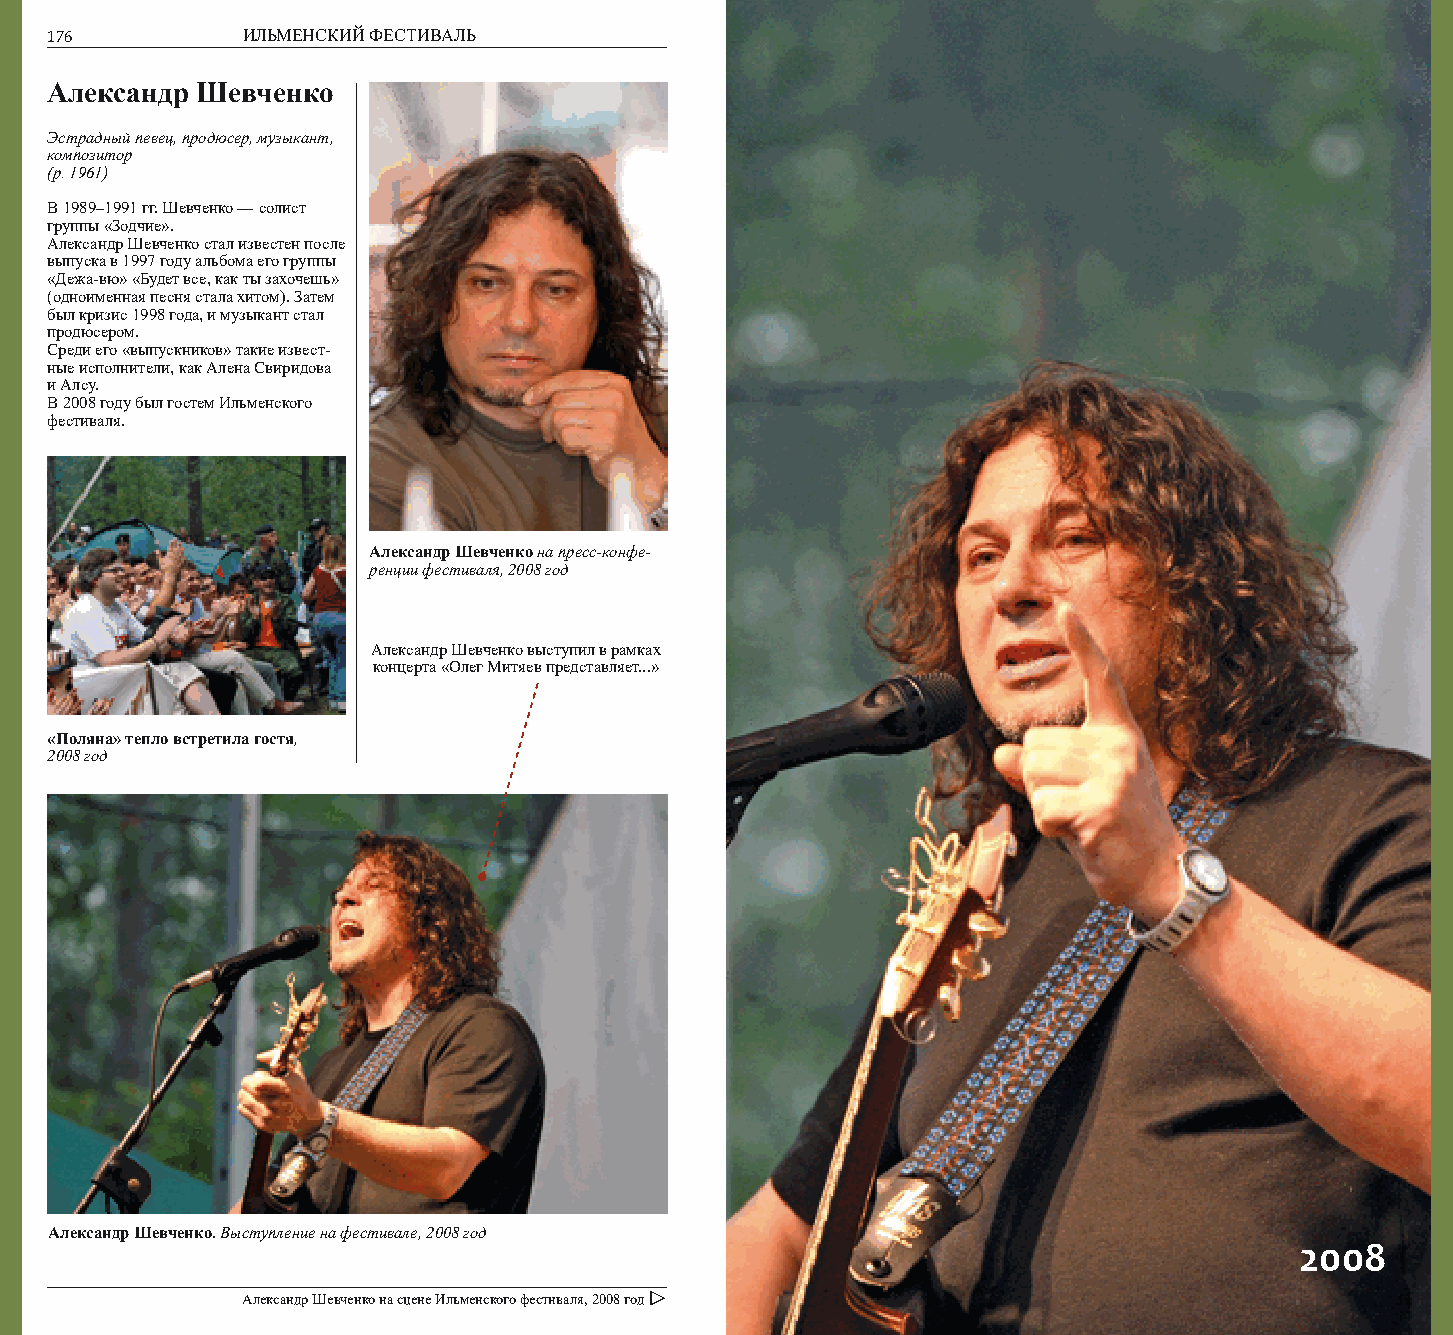
176          ИЛЬМЕНСКИЙ ФЕСТИВАЛЬ                                                       177
 Александр Шевченко
 Эстрадный певец, продюсер, музыкант,
 композитор
 (р. 1961)
 В 1989–1991 гг. Шевченко — солист
 группы «Зодчие».
 Александр Шевченко стал известен после
 выпуска в 1997 году альбома его группы
 «Дежа-вю» «Будет все, как ты захочешь»
 (одноименная песня стала хитом). Затем
 был кризис 1998 года, и музыкант стал
 продюсером.
 Среди его «выпускников» такие извест-
 ные исполнители, как Алена Свиридова
 и Алсу.
 В 2008 году был гостем Ильменского
 фестиваля.
 Александр Шевченко на пресс-конфе-
 ренции фестиваля, 2008 год
 Александр Шевченко выступил в рамках
 концерта «Олег Митяев представляет...»
 «Поляна» тепло встретила гостя,
 2008 год
 Александр Шевченко. Выступление на фестивале, 2008 год
 2008
 Александр Шевченко на сцене Ильменского фестиваля, 2008 год